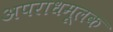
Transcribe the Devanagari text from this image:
अपराधमूलक